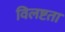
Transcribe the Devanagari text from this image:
विलष्टता